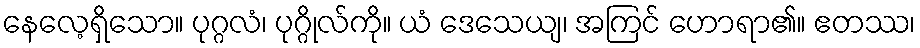
နေလေ့ရှိသော။ ပုဂ္ဂလံ၊ ပုဂ္ဂိုလ်ကို။ ယံ ဒေသေယျ၊ အကြင် ဟောရာ၏။ ဧတဿ၊